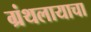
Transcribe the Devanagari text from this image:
ग्रंथलायाचा